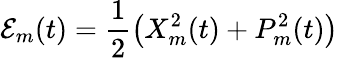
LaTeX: \mathcal{E}_{m}(t)=\frac{1}{2}\left(X_{m}^{2}(t)+P_{m}^{2}(t)\right)